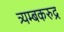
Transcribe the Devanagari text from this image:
त्र्यम्बकरुद्र